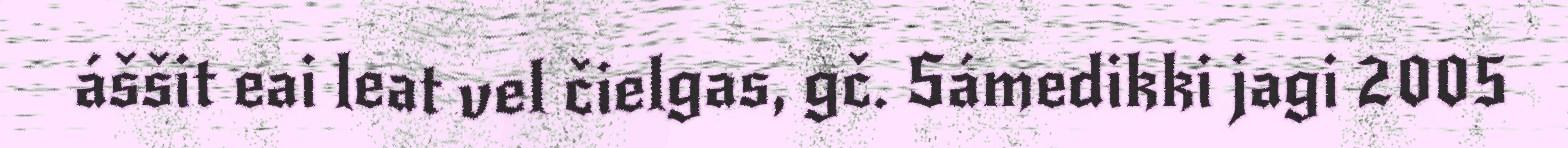
áššit eai leat vel čielgas, gč. Sámedikki jagi 2005